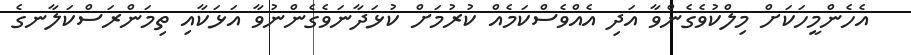
އެހެންމީހަކަށް މިލްކުވެގެންވާ އަދި އެއްވެސްކަމެއް ކުރުމަށް ކުޅަދާނަވެގެންނުވާ އަޅަކާއި ތިމަންރަސްކަލާނގެ